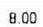
8.00